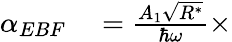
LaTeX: \begin{array}{rl}{\alpha_{EBF}}&{{}=\frac{A_{1}\sqrt{R^{*}}}{\hbar\omega}\times}\end{array}